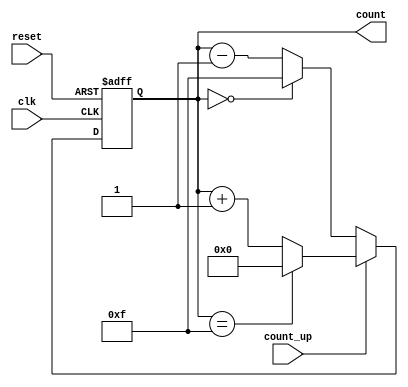
module multi_bit_counter #(
    parameter N = 4  // Bit width of the counter
)(
    input wire clk,            // Clock signal
    input wire reset,          // Asynchronous reset
    input wire count_up,       // Counting direction control
    output reg [N-1:0] count   // N-bit counter output
);

    // Maximum count value
    localparam MAX_COUNT = (1 << N) - 1; // 2^N - 1

    // Asynchronous reset and counting logic
    always @(posedge clk or posedge reset) begin
        if (reset) begin
            count <= 0;  // Reset the counter to 0
        end else begin
            if (count_up) begin
                if (count == MAX_COUNT) begin
                    count <= 0;  // Wrap around to 0
                end else begin
                    count <= count + 1;  // Increment the counter
                end
            end else begin
                if (count == 0) begin
                    count <= MAX_COUNT;  // Wrap around to max value
                end else begin
                    count <= count - 1;  // Decrement the counter
                end
            end
        end
    end

endmodule